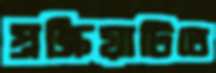
প্রক্রিয়াটিতে